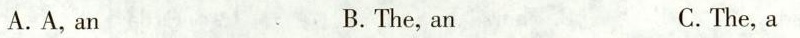
A. A, an B. The, an C. The, a